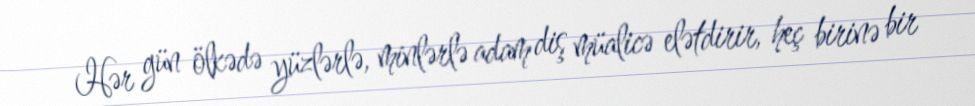
Hər gün ölkədə yüzlərlə, minlərlə adam diş müalicə elətdirir, heç birinə bir